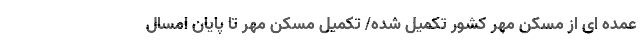
عمده ای از مسکن مهر کشور تکمیل شده/ تکمیل مسکن مهر تا پایان امسال